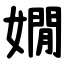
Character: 嫺